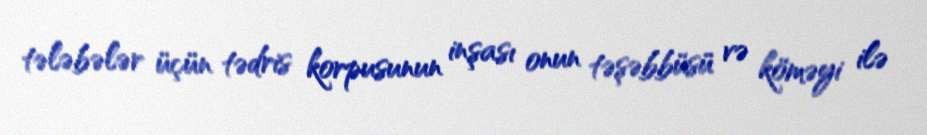
tələbələr üçün tədris korpusunun inşası onun təşəbbüsü və köməyi ilə